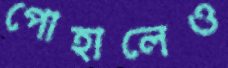
পোহালেও